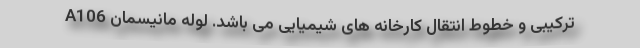
ترکیبی و خطوط انتقال کارخانه های شیمیایی می باشد. لوله مانیسمان A106